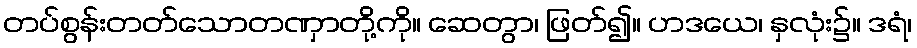
တပ်စွန်းတတ်သောတဏှာတို့ကို။ ဆေတွာ၊ ဖြတ်၍။ ဟဒယေ၊ နှလုံး၌။ ဒရံ၊